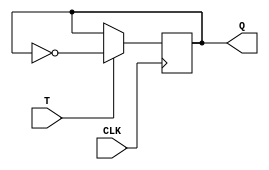
module t_flip_flop (
    input wire T,
    input wire CLK,
    output reg Q
);

always @(posedge CLK) begin
    if (T == 1'b1) begin
        Q <= ~Q; // Toggle output
    end
end

endmodule